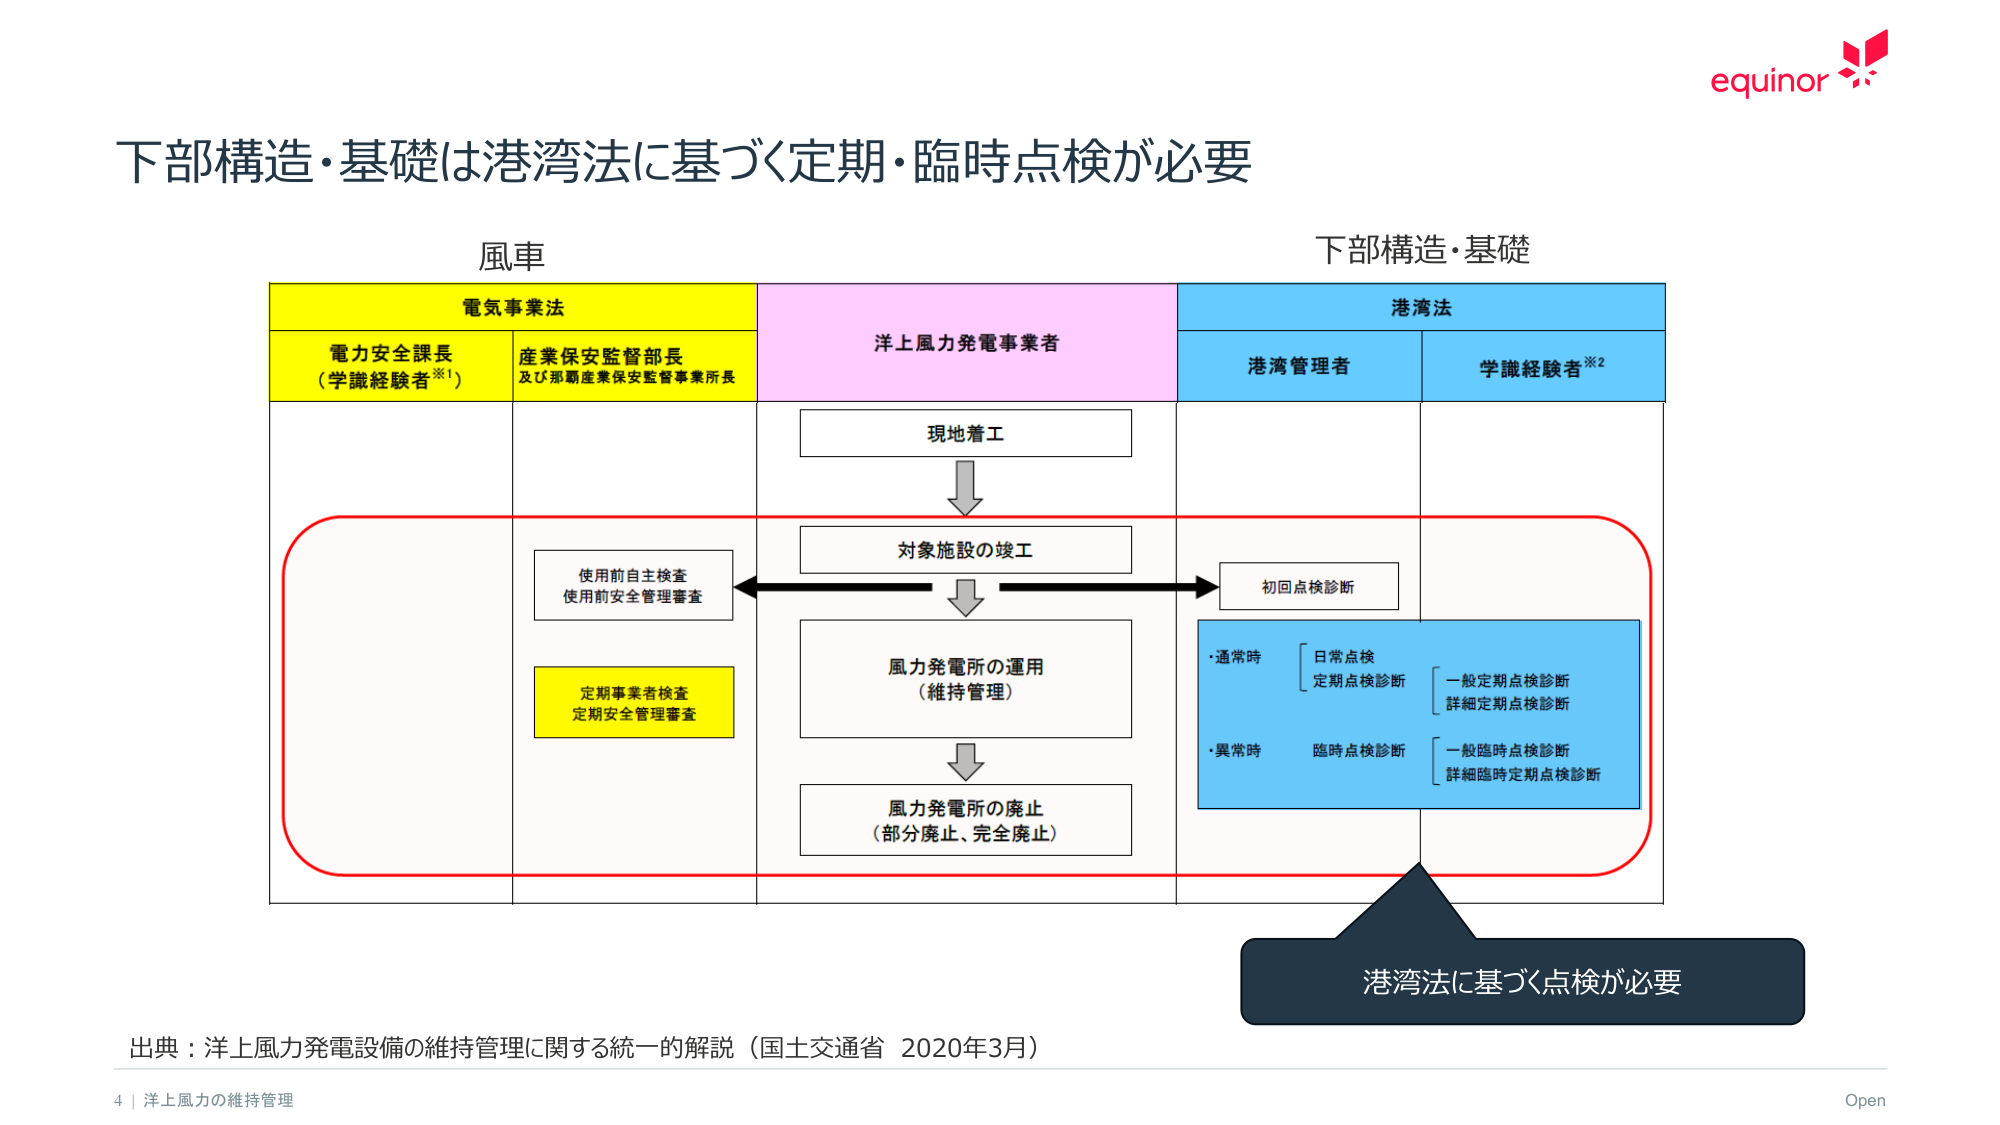
下部構造・基礎は港湾法に基づく定期・臨時点検が必要

風車

電気事業法
電力安全課長
（学識経験者※1）
産業保安監督部長
及び那覇産業保安監督事務所長

洋上風力発電事業者

港湾法
港湾管理者
学識経験者※2

現地着工

対象施設の竣工

使用前自主検査
使用前安全管理審査

初回点検診断

風力発電所の運用
（維持管理）

・通常時
　日常点検
　定期点検診断
　　一般定期点検診断
　　詳細定期点検診断

・異常時
　臨時点検診断
　　一般臨時点検診断
　　詳細臨時定期点検診断

定期事業者検査
定期安全管理審査

風力発電所の廃止
（部分廃止、完全廃止）

港湾法に基づく点検が必要

出典：洋上風力発電設備の維持管理に関する統一的解説（国土交通省 2020年3月）

4 | 洋上風力の維持管理
Open
equinor